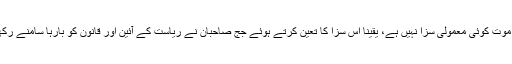
سزائے موت کوئی معمولی سزا نہیں ہے، یقینا اس سزا کا تعین کرتے ہوئے جج صاحبان نے ریاست کے آئین اور قانون کو بارہا سامنے رکھا ہو گا۔